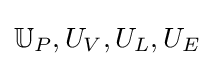
{\mathbb {U} _{P},U_{V},U_{L},U_{E}}